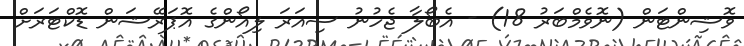
ވޮޝިންޓަން (ނޮވެމްބަރު 18) - އެބޯލާ ޖެހުނު ސިއަރަ ލިއޯންގެ އޮޕަރޭޝަން ޑޮކްޓަރަށް